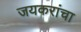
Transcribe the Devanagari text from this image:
जयकरांचा